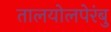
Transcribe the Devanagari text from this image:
तालयोलपेरंबु